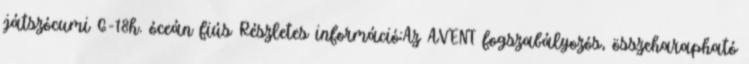
játszócumi 6-18h. óceán fiús Részletes információ:Az AVENT fogszabályozós, összeharapható